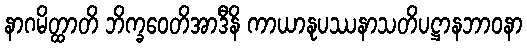
နာဂမိတ္ထာတိ ဘိက္ခဝေတိအာဒီနိ ကာယာနုပဿနာသတိပဋ္ဌာနဘာဝနာ